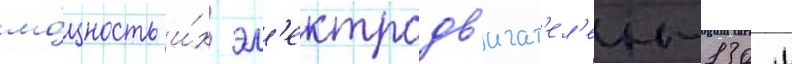
мо́щность и́х эл'ектродв'игат'ел'еи-130 л